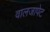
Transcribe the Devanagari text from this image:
वालजापेट